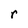
Character: r